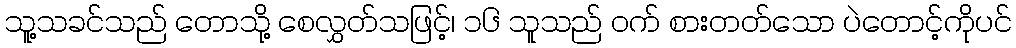
သူ့သခင်သည် တောသို့ စေလွှတ်သဖြင့်၊ ၁၆ သူသည် ဝက် စားတတ်သော ပဲတောင့်ကိုပင်